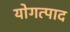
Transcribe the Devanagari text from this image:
योगत्पाद